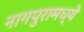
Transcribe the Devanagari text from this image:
नागपुरामध्ये